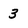
Character: 3